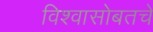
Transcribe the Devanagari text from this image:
विश्वासोबतचे